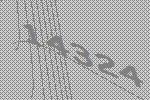
14324